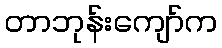
တာဘုန်းကျော်က